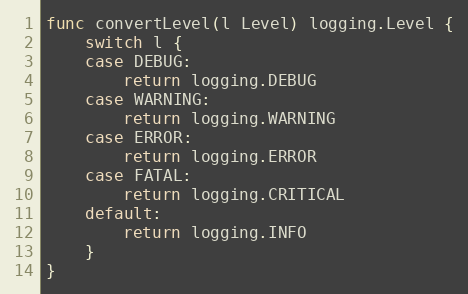
Language: Go
func convertLevel(l Level) logging.Level {
	switch l {
	case DEBUG:
		return logging.DEBUG
	case WARNING:
		return logging.WARNING
	case ERROR:
		return logging.ERROR
	case FATAL:
		return logging.CRITICAL
	default:
		return logging.INFO
	}
}